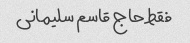
فقط حاج قاسم سلیمانی